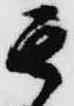
其